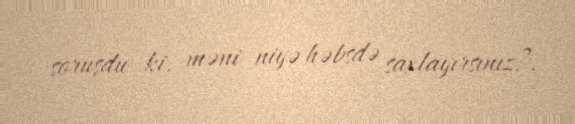
soruşdu ki, məni niyə həbsdə saxlayırsınız?.